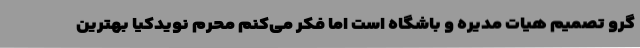
گرو تصمیم هیات مدیره و باشگاه است اما فکر می‌کنم محرم نویدکیا بهترین